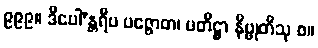
၉၉၉။ ဒီပေါ’န္တရီပ ပဇ္ဇောတ၊ ပတိဋ္ဌာ နိဗ္ဗုတီသု စ။